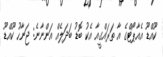
ކޫއްޑޫ އެއާޕޯޓްގެ އާ ތަރައްގީއާ އެކު ބޮޑު ބަދަލެއް އަންނާނެ: ޖަނާހު ކޫއްޑޫ